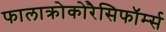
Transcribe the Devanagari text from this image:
फालाक्रोकोरैसिफॉर्म्स